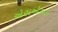
એસએસઇ